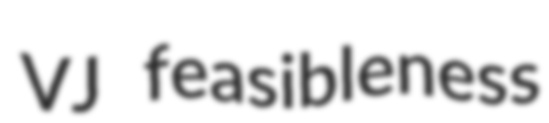
VJ feasibleness